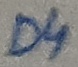
Text: D4